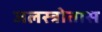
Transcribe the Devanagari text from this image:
जलस्त्रोतास